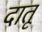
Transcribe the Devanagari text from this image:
दातू